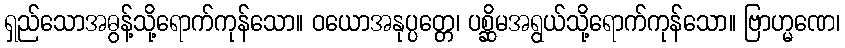
ရှည်သောအဓွန့်သို့ရောက်ကုန်သော။ ဝယောအနုပ္ပတ္တေ၊ ပစ္ဆိမအရွယ်သို့ရောက်ကုန်သော။ ဗြာဟ္မဏေ၊